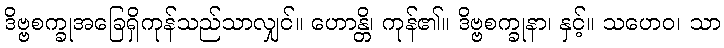
ဒိဗ္ဗစက္ခုအခြေရှိကုန်သည်သာလျှင်။ ဟောန္တိ၊ ကုန်၏။ ဒိဗ္ဗစက္ခုနာ၊ နှင့်။ သဟေဝ၊ သာ